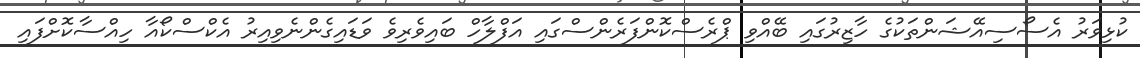
ކުޅިވަރު އެސޯސިއޭޝަންތަކުގެ ހާޒިރުގައި ބޭއްވި ޕްރެސްކޮންފަރެންސްގައި އަފްލާހް ބައިވެރިވެ ވަޑައިގެންނެވިއިރު އެކްސްކޯއާ ހިއްސާކޮށްފައި